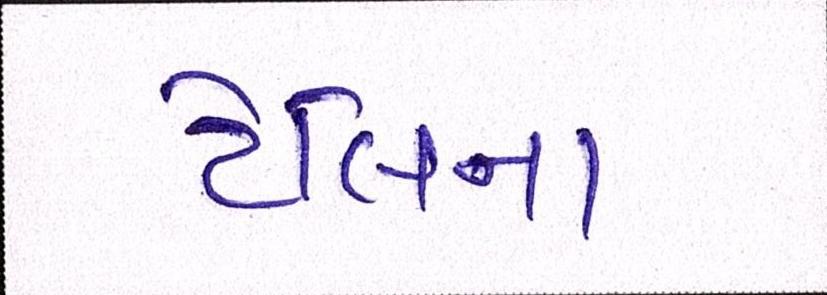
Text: ટેલિના